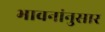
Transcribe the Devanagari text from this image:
भावनांनुसार